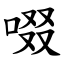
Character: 啜